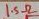
Text: 1.5Ω